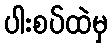
ပါးစပ်ထဲမှ